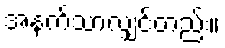
အနက်သာလျှင်တည်း။